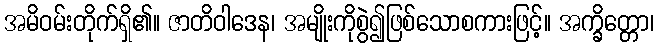
အမိဝမ်းတိုက်ရှိ၏။ ဇာတိဝါဒေန၊ အမျိုးကိုစွဲ၍ဖြစ်သောစကားဖြင့်။ အက္ခိတ္တော၊